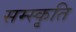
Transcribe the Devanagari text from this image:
सम्स्कृति